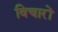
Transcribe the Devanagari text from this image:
विचारों